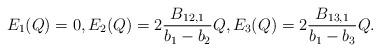
LaTeX: \begin{align*}E_1(Q)=0, E_2(Q)=2\frac{B_{12,1}}{b_1-b_2}Q, E_3(Q)=2\frac{B_{13,1}}{b_1-b_3}Q.\end{align*}